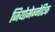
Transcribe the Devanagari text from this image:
जियोमेग्नेटिक